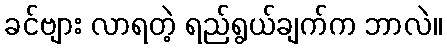
ခင်ဗျား လာရတဲ့ ရည်ရွယ်ချက်က ဘာလဲ။